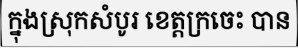
ក្នុងស្រុកសំបូរ ខេត្តក្រចេះ បាន